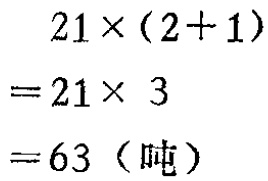
\[
\begin{align*}
&21\times(2 + 1)\\
=&21\times3\\
=&63（吨）
\end{align*}
\]